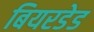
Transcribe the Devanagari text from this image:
बियरडेड